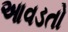
આવડતો